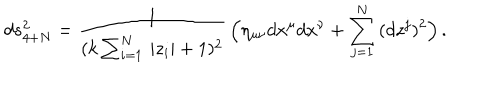
d s _ { 4 + N } ^ { 2 } = \frac { 1 } { ( k \sum _ { i = 1 } ^ { N } \, | z _ { i } | + 1 ) ^ { 2 } } \, \Big ( \eta _ { \mu \nu } d x ^ { \mu } d x ^ { \nu } + \sum _ { j = 1 } ^ { N } \, ( d z ^ { j } ) ^ { 2 } \Big ) \, .